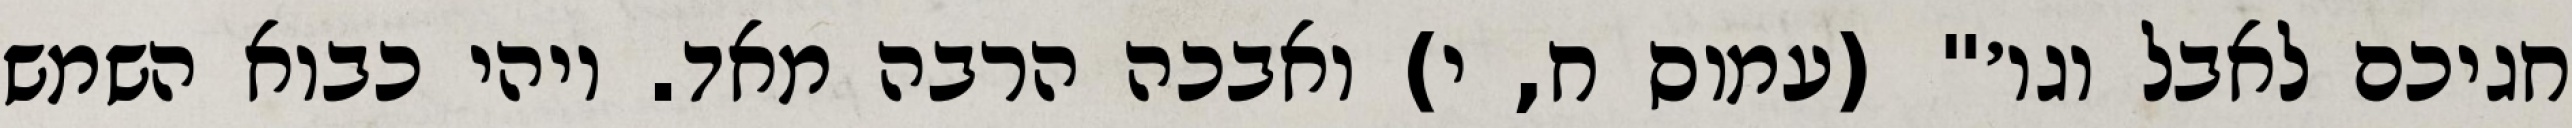
חגיכם לאבל וגו׳" (עמוס ח, י) ואבכה הרבה מאד. ויהי כבוא השמש